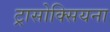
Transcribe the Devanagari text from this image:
ट्रासोक्सियना